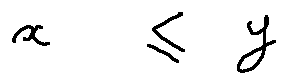
x \leq y